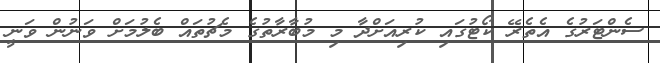
ސެންޓަރުގެ އެތެރޭ ކޯޓުގައި ކުރިއަށްދާ މި މުބާރާތުގެ މެޗުތައް ބެލުމަށް ވަނުން ވަނީ